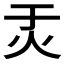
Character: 𬉶